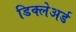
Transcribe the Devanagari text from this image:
डिक्‍लेअर्ड